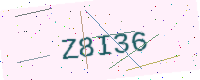
Text: Z8I36